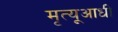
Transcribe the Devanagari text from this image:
मृत्यूआधी